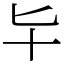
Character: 𠤏